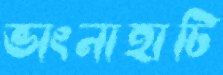
ভাংনাহাটি